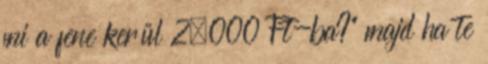
mi a fene kerül 2.000 Ft-ba?" majd ha te